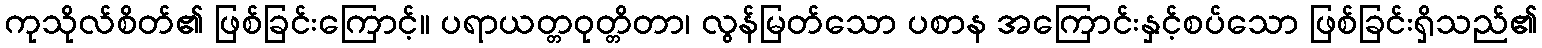
ကုသိုလ်စိတ်၏ ဖြစ်ခြင်းကြောင့်။ ပရာယတ္တဝုတ္တိတာ၊ လွန်မြတ်သော ပစာန အကြောင်းနှင့်စပ်သော ဖြစ်ခြင်းရှိသည်၏